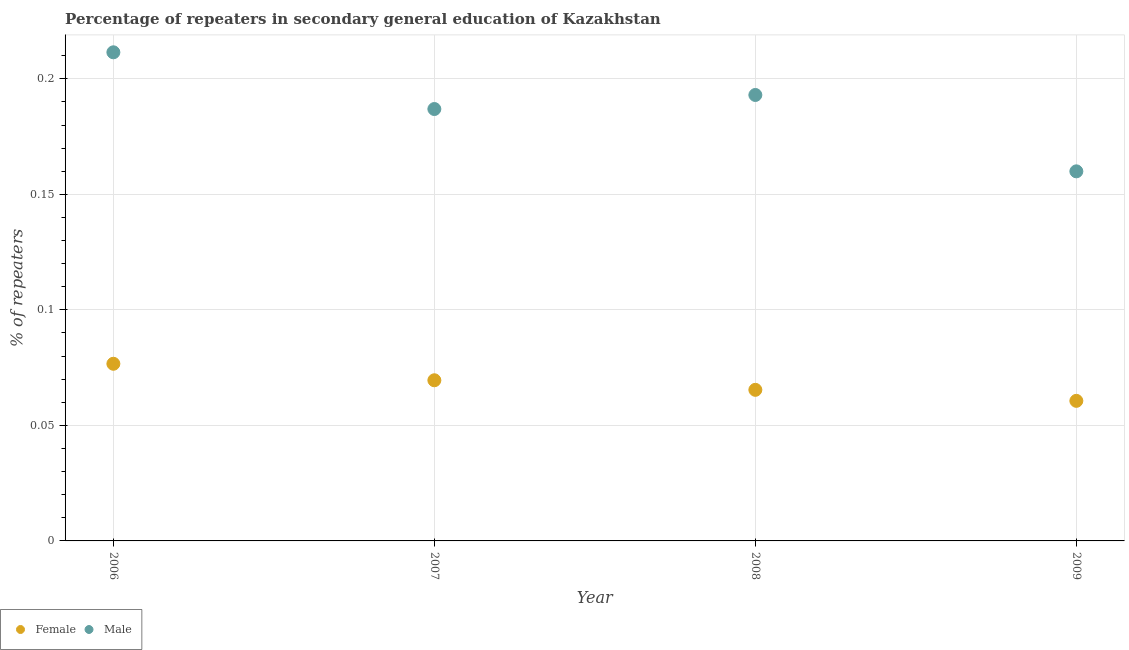
| Year | Female | Male |
 | --- | --- | --- |
 | 2006 | 0.0767 | 0.211 |
 | 2007 | 0.0695 | 0.187 |
 | 2008 | 0.0654 | 0.193 |
 | 2009 | 0.0606 | 0.16 |